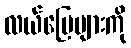
လယ်မြေများကို